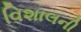
વિશાલની